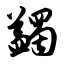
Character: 蠲